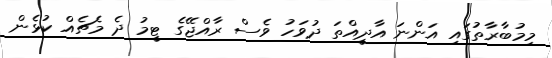
މިމުބާރާތުގައި އަންނަ އާދީއްތަ ދުވަހު ވެސް ރާއްޖޭގެ ޓީމު ދެ މެޗެއް ކުޅެން